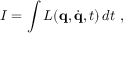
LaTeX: I = \int L ( \mathbf { q } , { \dot { \mathbf { q } } } , t ) \, d t ~ ,